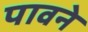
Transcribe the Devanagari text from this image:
पावने